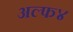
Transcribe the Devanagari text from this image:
अल्फ४